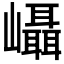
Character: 𭗵